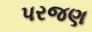
પરજણ